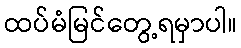
ထပ်မံမြင်တွေ့ရမှာပါ။